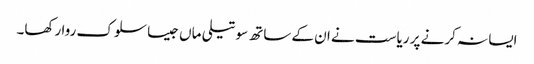
ایسا نہ کرنے پر ریاست نے ان کے ساتھ سوتیلی ماں جیسا سلوک روا رکھا۔